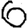
Digit: 6